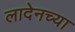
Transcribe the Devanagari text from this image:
लादेनच्या